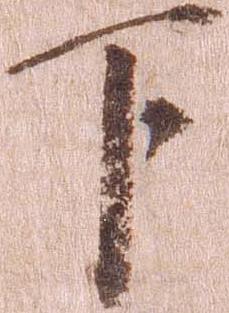
下